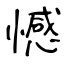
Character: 憾